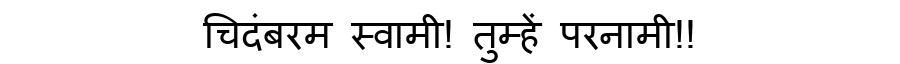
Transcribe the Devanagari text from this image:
चिदंबरम स्वामी! तुम्हें परनामी!!